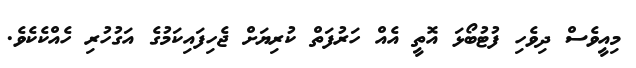
މިއީވެސް ދިވެހި ފުޓުބޯޅަ އޮތީ އެއް ހަރުފަތް ކުރިޔަށް ޖެހިފައިކަމުގެ އަގުހުރި ހެއްކެކެވެ.